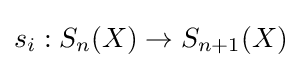
s_{i}:S_{n}(X)\to S_{n+1}(X)